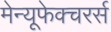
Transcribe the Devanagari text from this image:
मेन्यूफेक्चरर्स